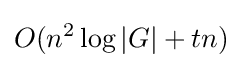
O(n^{2}\log |G|+tn)